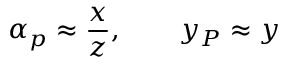
\alpha _ { p } \approx \frac { x } { z } , \qquad y _ { P } \approx y